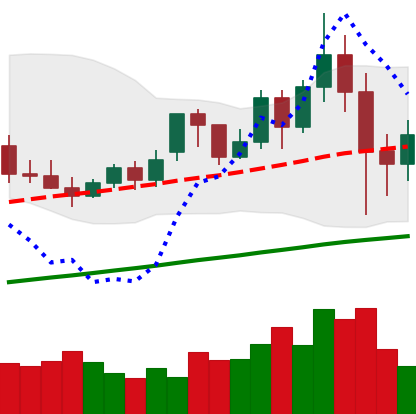
Ticker: XMR-USD
Chart end date: 2020-11-28
Forward return: 9.027%
Label: up_7plus